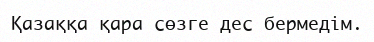
Қазаққа қара сөзге дес бермедім.